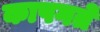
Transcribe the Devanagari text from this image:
कापगते